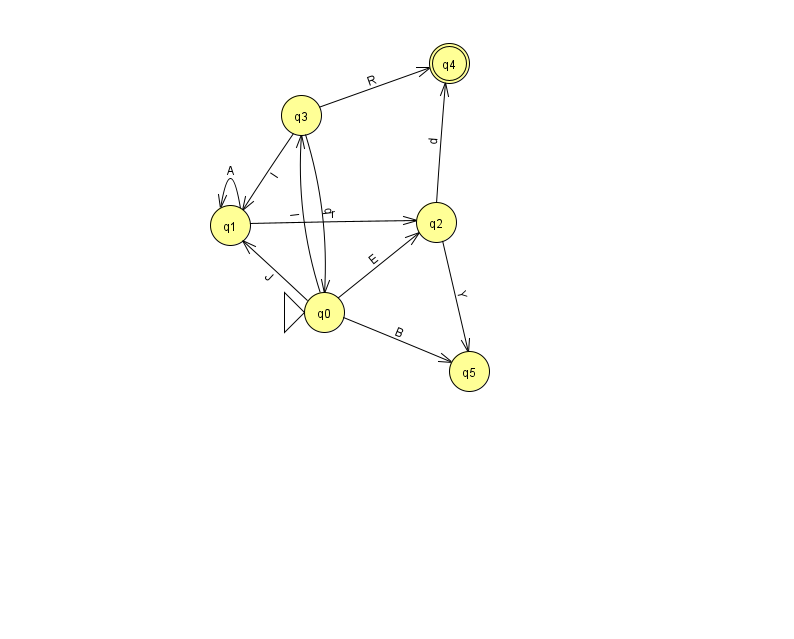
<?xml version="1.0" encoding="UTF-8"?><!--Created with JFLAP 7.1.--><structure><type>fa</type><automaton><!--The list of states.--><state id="0" name="q0"><x>324.0</x><y>299.0</y><initial/></state><state id="1" name="q1"><x>230.0</x><y>212.0</y></state><state id="2" name="q2"><x>436.0</x><y>209.0</y></state><state id="3" name="q3"><x>301.0</x><y>102.0</y></state><state id="4" name="q4"><x>449.0</x><y>50.0</y><final/></state><state id="5" name="q5"><x>469.0</x><y>358.0</y></state><!--The list of transitions.--><transition><from>0</from><to>3</to><read>l</read></transition><transition><from>1</from><to>1</to><read>A</read></transition><transition><from>2</from><to>5</to><read>Y</read></transition><transition><from>0</from><to>1</to><read>J</read></transition><transition><from>0</from><to>5</to><read>B</read></transition><transition><from>1</from><to>2</to><read>r</read></transition><transition><from>0</from><to>2</to><read>E</read></transition><transition><from>2</from><to>4</to><read>d</read></transition><transition><from>3</from><to>0</to><read>q</read></transition><transition><from>3</from><to>1</to><read>I</read></transition><transition><from>3</from><to>4</to><read>R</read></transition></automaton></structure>